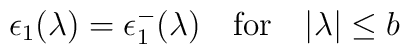
\epsilon_1(\lambda) = \epsilon_1^-(\lambda) \quad \mbox{for} \quad |\lambda|\leq b